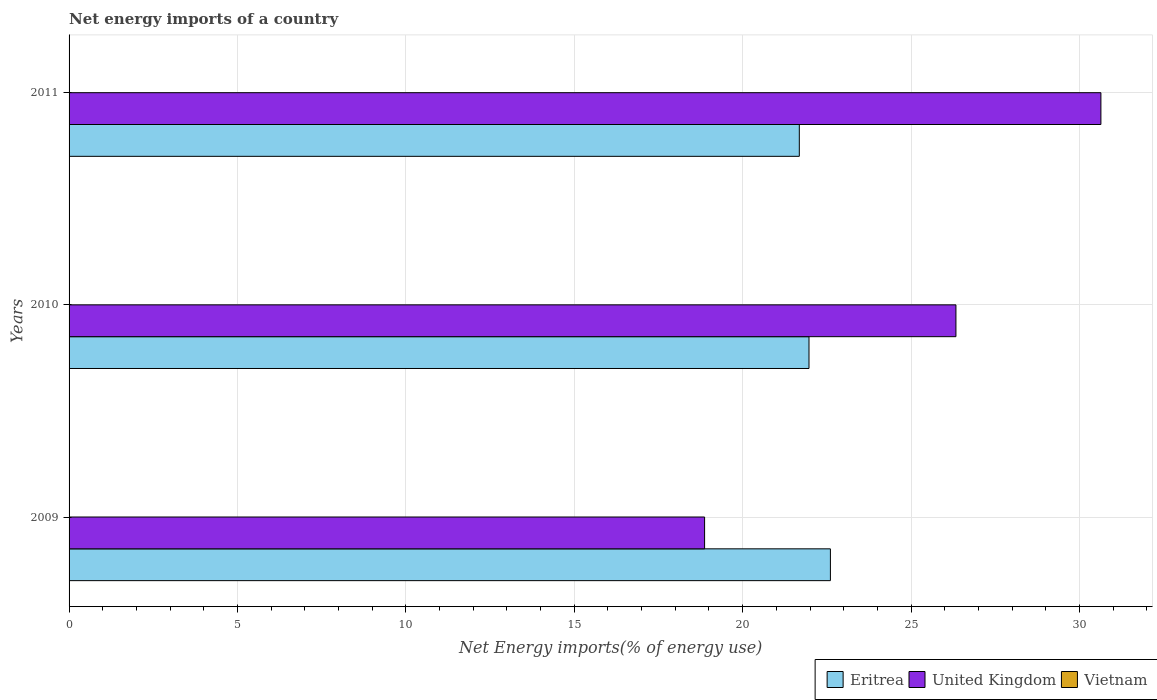
| Years | Eritrea | United Kingdom | Vietnam |
 | --- | --- | --- | --- |
 | 2009 | 22.6 | 18.9 | -24.3 |
 | 2010 | 22 | 26.3 | -12.7 |
 | 2011 | 21.7 | 30.6 | -11.9 |